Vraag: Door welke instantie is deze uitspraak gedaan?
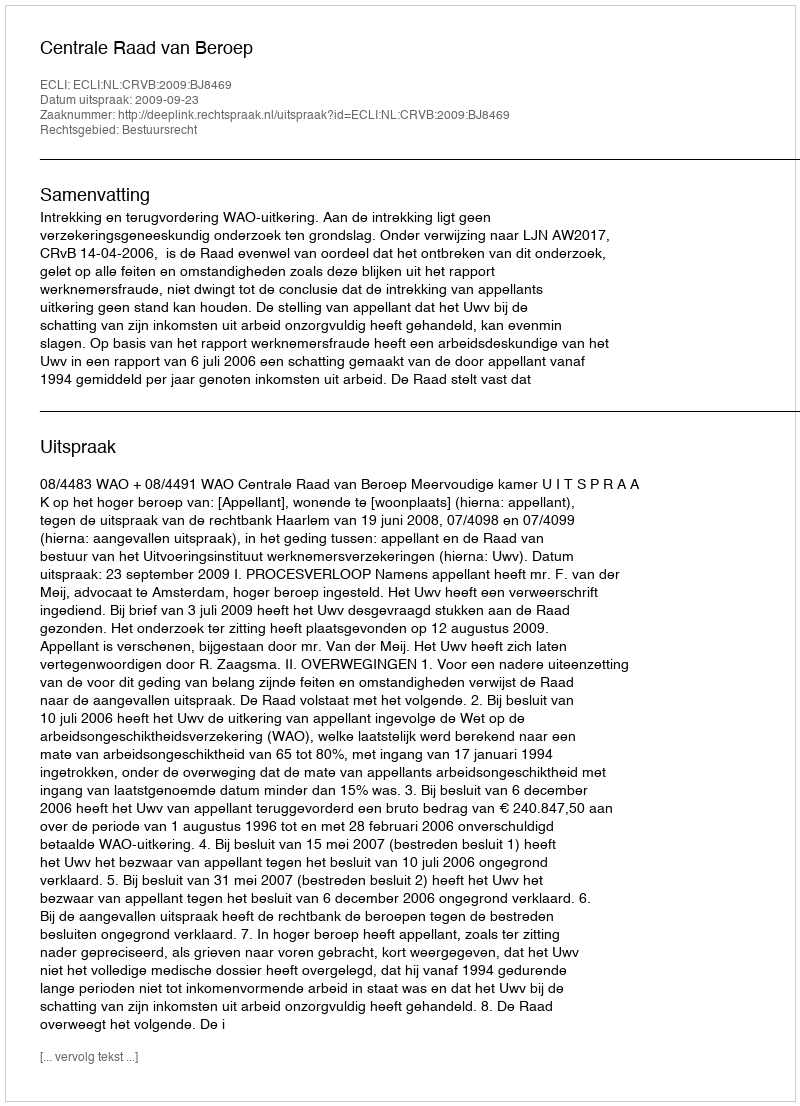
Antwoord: Centrale Raad van Beroep